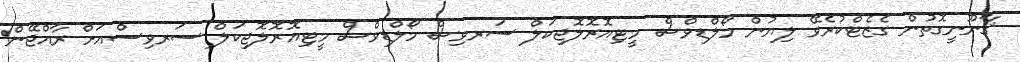
ޤާނޫނީގޮތުން ގެޒެޓްކުރެވޭ ލިޔުން މޯލްޑިވްސް މީޓިއޮރޮލޮޖިކަލް ސަރވިސް މޯލްޑިވްސް މީޓިއޮރޮލޮޖިކަލް ސަރވިސްއަށް ރާއްޖޭން